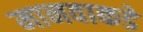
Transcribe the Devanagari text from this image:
मानवाकडे